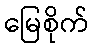
မြေစိုက်